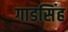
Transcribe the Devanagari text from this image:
गाडसिंह